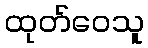
ထုတ်ဝေသူ